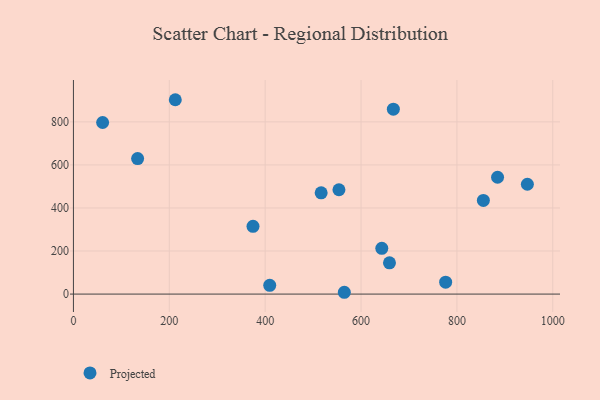
{"axis": {"x": "Price", "y": "Sales"}, "legend": ["Projected"], "data": [{"x": "133.9", "y": 629.6, "type": "Projected"}, {"x": "659.3", "y": 145.0, "type": "Projected"}, {"x": "60.9", "y": 797.0, "type": "Projected"}, {"x": "667.4", "y": 859.0, "type": "Projected"}, {"x": "516.8", "y": 470.3, "type": "Projected"}, {"x": "947.0", "y": 510.3, "type": "Projected"}, {"x": "374.6", "y": 314.7, "type": "Projected"}, {"x": "884.8", "y": 542.7, "type": "Projected"}, {"x": "553.9", "y": 484.7, "type": "Projected"}, {"x": "409.5", "y": 40.6, "type": "Projected"}, {"x": "643.3", "y": 212.5, "type": "Projected"}, {"x": "855.2", "y": 434.9, "type": "Projected"}, {"x": "776.5", "y": 55.5, "type": "Projected"}, {"x": "212.5", "y": 902.9, "type": "Projected"}, {"x": "565.1", "y": 8.4, "type": "Projected"}]}